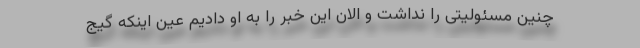
چنین مسئولیتی را نداشت و الان این خبر را به او دادیم عین اینکه گیج